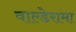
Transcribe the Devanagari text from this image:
वाल्डेरामा